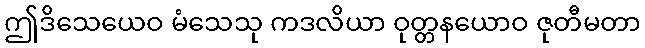
ဤဒိသေယေဝ မံသေသု ကဒလိယာ ဝုတ္တနယောဝ ဇုတီမတာ